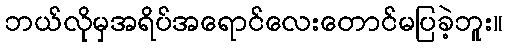
ဘယ်လိုမှအရိပ်အရောင်လေးတောင်မပြခဲ့ဘူး။